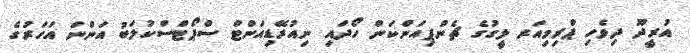
އުރީދޫ ދިވެހި ޕްރިމިއަރ ލީގުގެ ޗެންޕިއަންކަން ހޯދައި ނިއުރޭޑިއަންޓް ސްޕޯޓްސްކުލަބު އަންނަ އަހަރުގެ